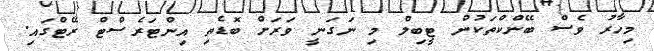
މިހާރު ވެސް ބޭންކްތަކުން ޓީބިލް މި ނަގަނީ ވަރަށް ބޮޑެތި އިންޓަރެސްޓް ރޭޓްގައި.